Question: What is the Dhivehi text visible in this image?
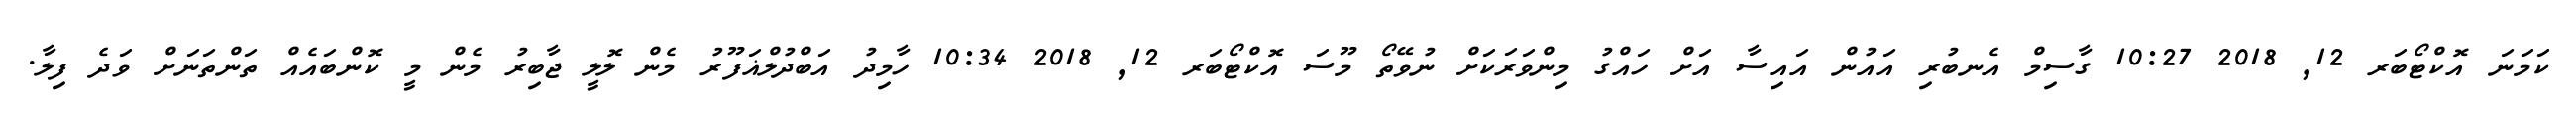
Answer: ކަމަނަ އޮކްޓޯބަރ 12, 2018 10:27 ގާސިމް އެނބުރި އައުން އައިސާ އަށް ހައްގު މިންވަރަކަށް ނުވޭތޯ މޫސަ އޮކްޓޯބަރ 12, 2018 10:34 ހާމިދު އަބްދުލްޣަފޫރު މެން ލޮލީ ޖާބިރު މެން މީ ކޮންބައެއް ތަންތަނަށް ވަދެ ފިލާ.